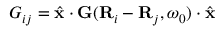
G _ { i j } = \hat { \mathbf { x } } \cdot { \bf G } ( { \bf R } _ { i } - { \bf R } _ { j } , \omega _ { 0 } ) \cdot \hat { \mathbf { x } }